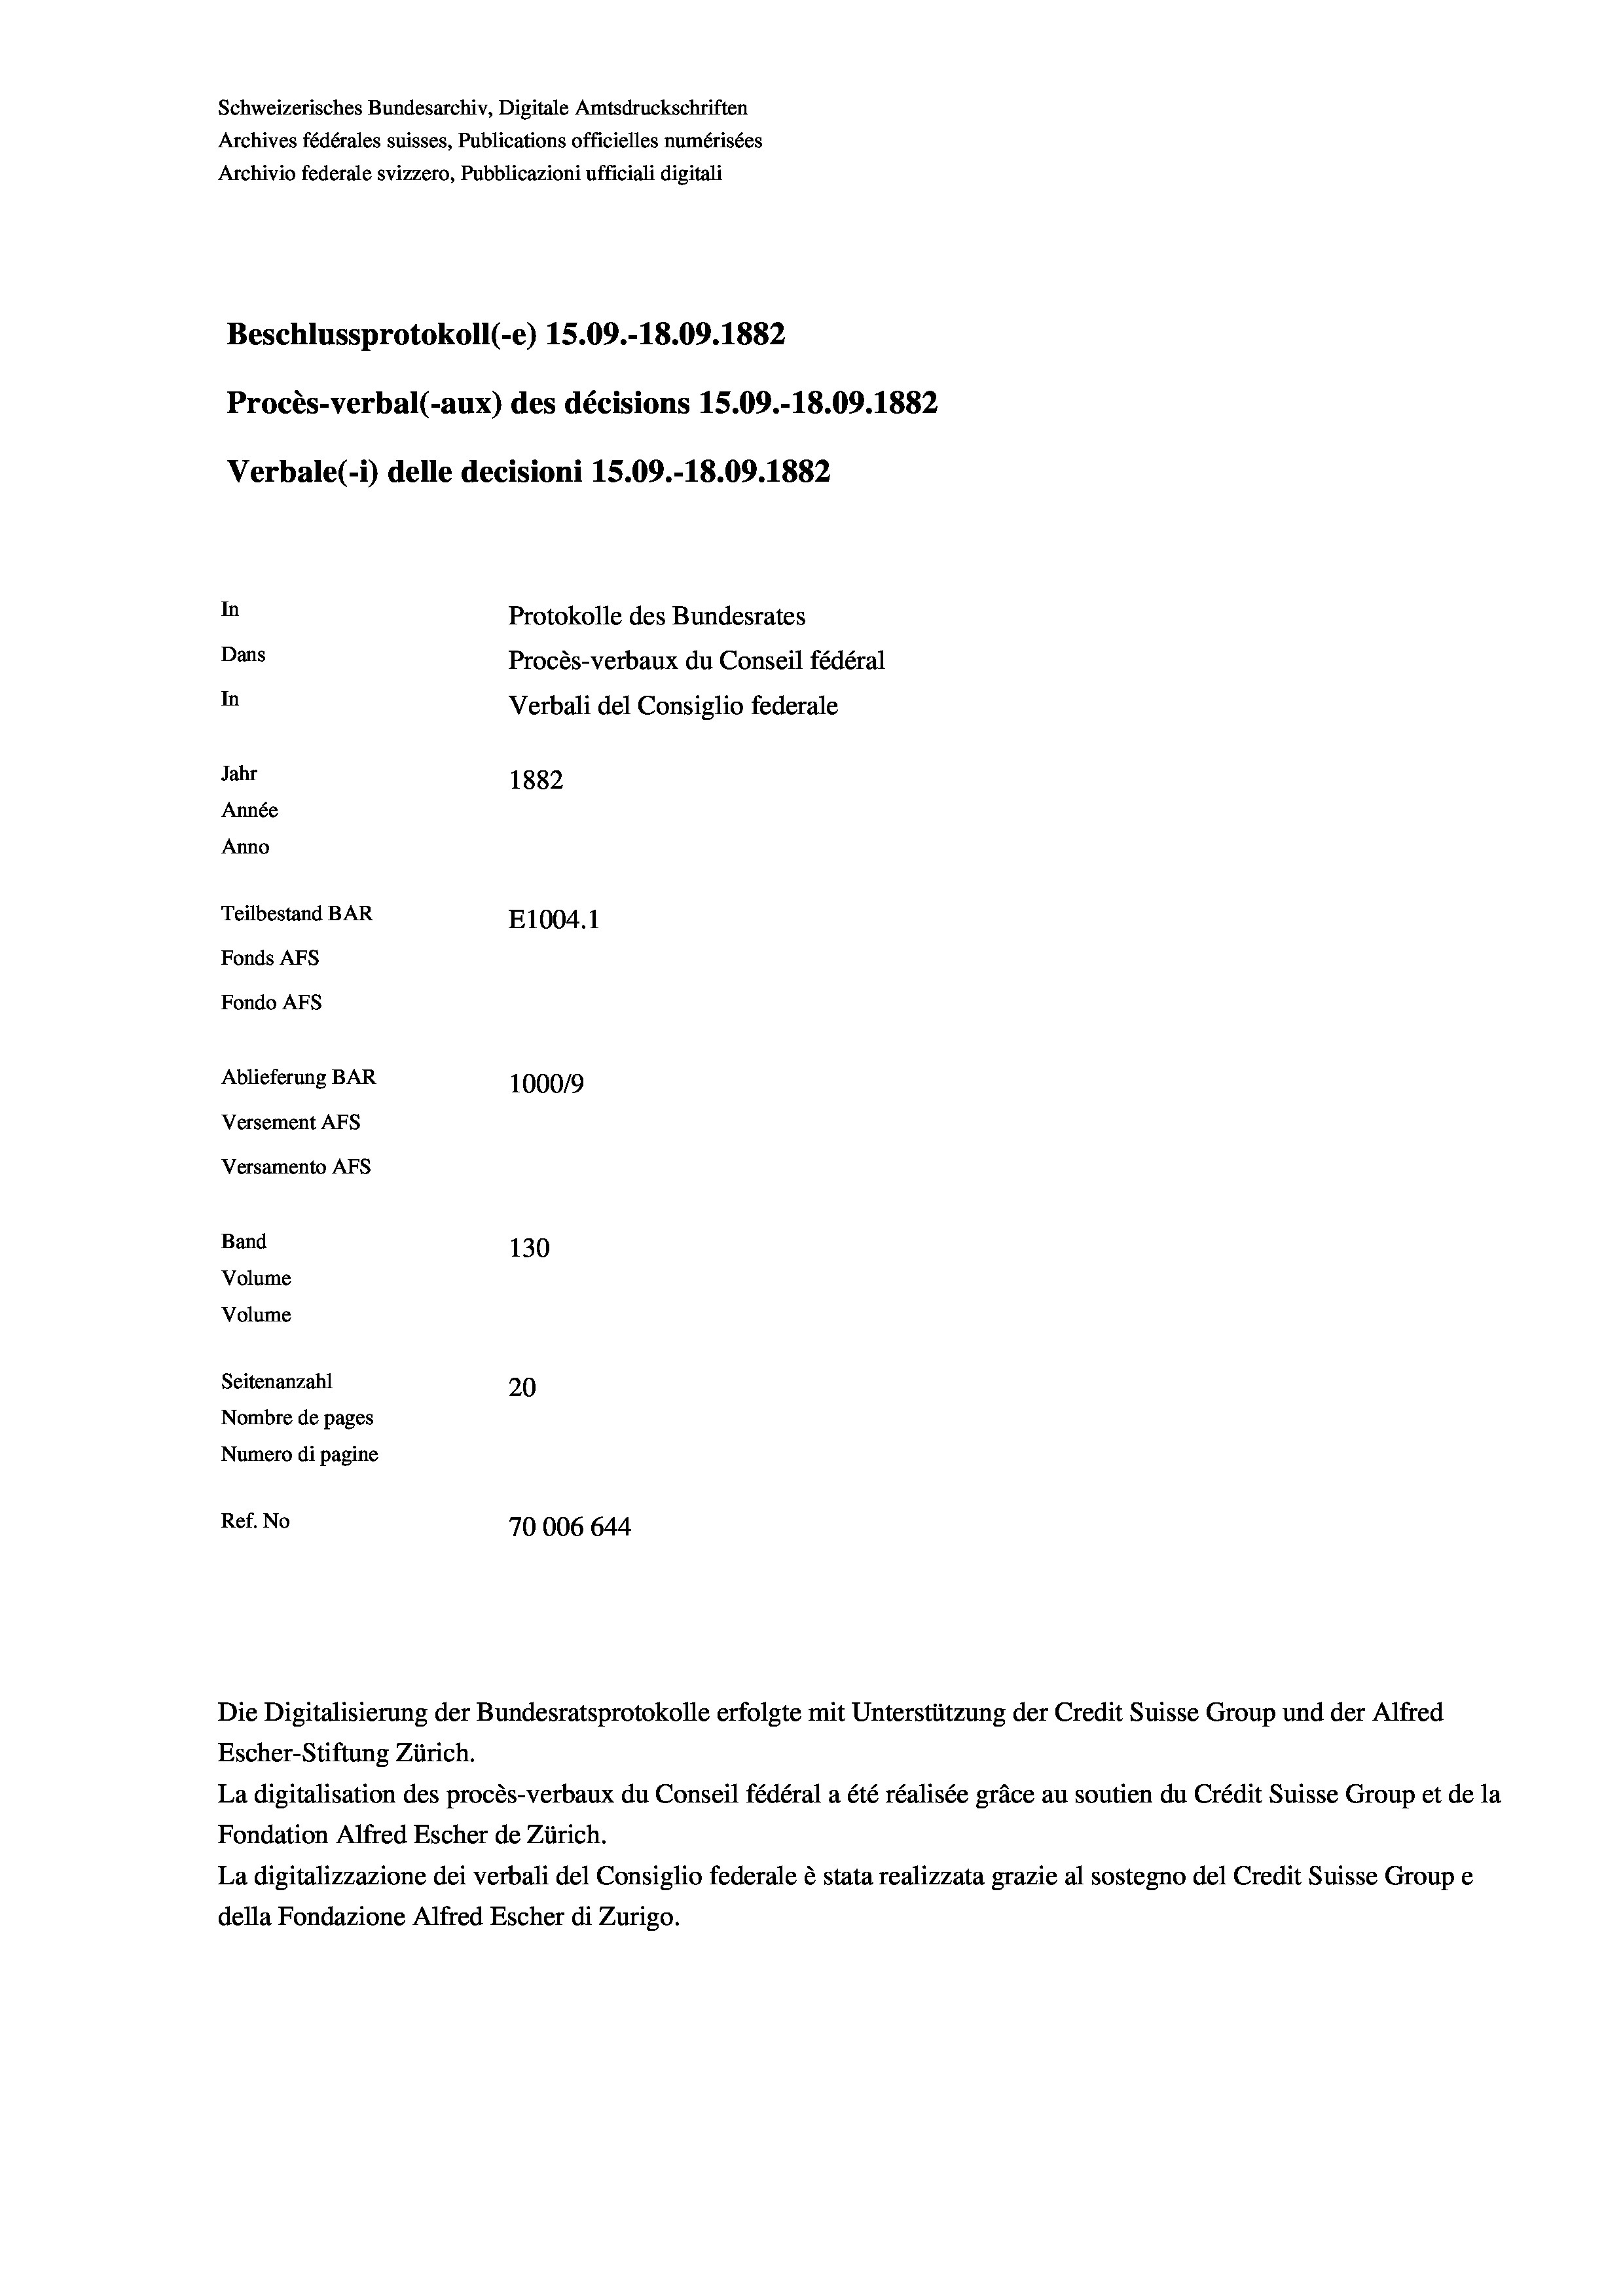
Schweizerisches Bundesarchiv, Digitale Amtsdruckschriften
Archives fédérales suisses, Publications officielles numérisées
Archivio federale svizzero, Pubblicazioni ufficiali digitali
Beschlussprotokoll (-e) 15.09.-18.09. 1882
Procès-verbal (-aux) des décisions 15.09.-18.09. 1882
Verbale(-*) delle decisioni 15.09.-18.09. 1882
In
Protokolle des Bundesrates
Dans
Procès-verbaux du Conseil fédéral
In
Verbali del Consiglio federale
Jahr
1882
Année
Anno
Teilbestand BAR
E1004. 1
Fonds AFs
Fondo Afs
Ablieferung BAR
100019
Versement AFs
Versamento Afs
Band
130
Volume

Volume
Seitenanzahl
20
Nombre de pages
Numero di pagine
Ref. No
70006644

Escher-Stiftung Zürich.
La digitalisation des procès-verbaux du Conseil fédéral a été réalisée gräce au soutien du Crédit Suisse Group et de la
Fondation Alfred Escher de Zürich.
La digitalizzazione dei verbali del Consiglio federale è stata realizzata grazie al sostegno del Credit Suisse Groupe
della Fondazione Alfred Escher di Zurigo.

Die Digitalisierung der Bundesratsprotokolle erfolgte mit Unterstützung der Credit Suisse Group und der Alfred